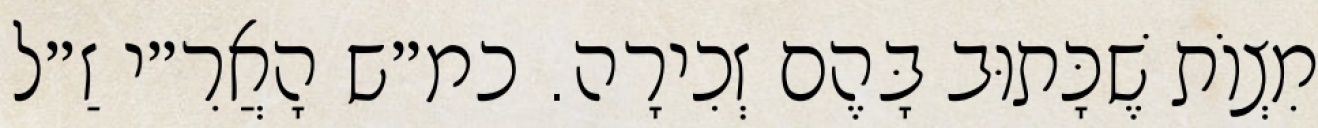
מִצְוֹת שֶׁכָּתוּב בָּהֶם זְכִירָה. כמ״ש הָאֲרִ״י זַ״ל